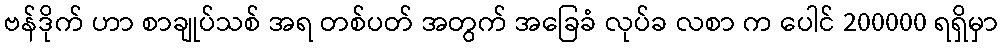
ဗန်ဒိုက် ဟာ စာချုပ်သစ် အရ တစ်ပတ် အတွက် အခြေခံ လုပ်ခ လစာ က ပေါင် 200000 ရရှိမှာ